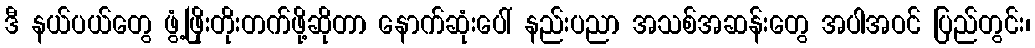
ဒီ နယ်ပယ်တွေ ဖွံ့ဖြိုးတိုးတက်ဖို့ဆိုတာ နောက်ဆုံးပေါ် နည်းပညာ အသစ်အဆန်းတွေ အပါအဝင် ပြည်တွင်း၊